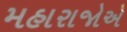
મહારાજોએ